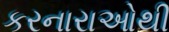
કરનારાઓથી